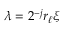
\lambda = 2 ^ { - j } r _ { \ell } \xi